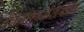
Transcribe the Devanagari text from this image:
विवाहानंतरचा